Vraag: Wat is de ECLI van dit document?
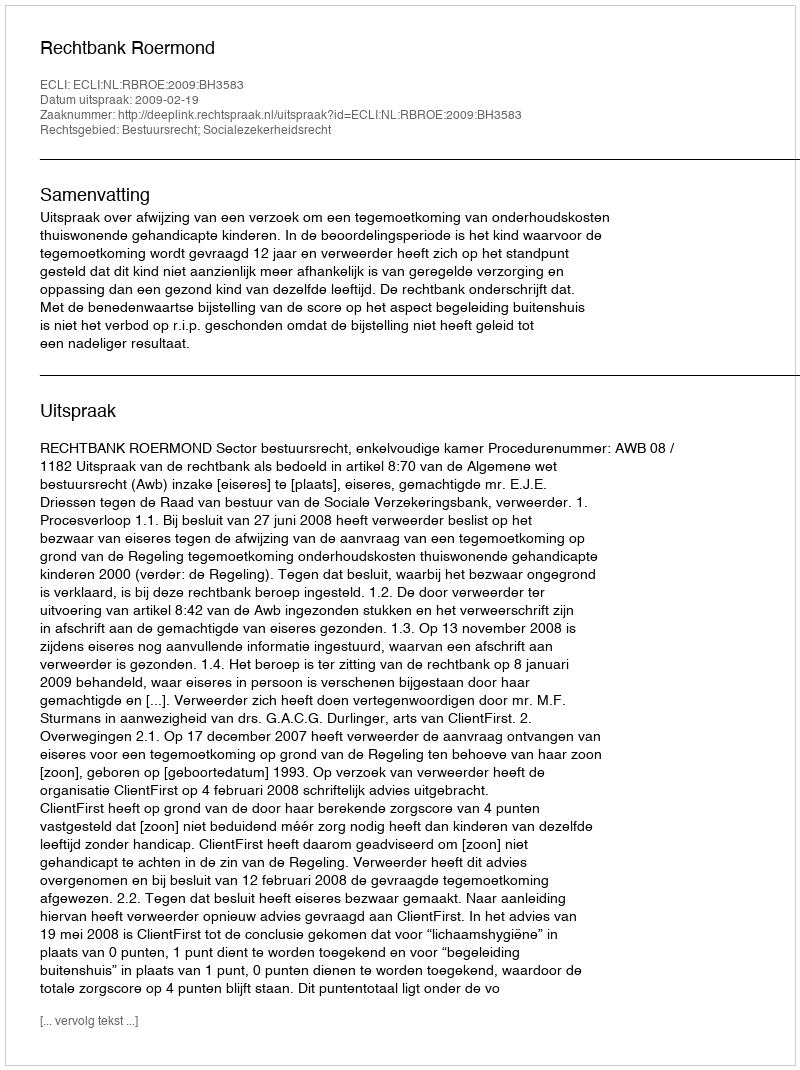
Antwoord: ECLI:NL:RBROE:2009:BH3583